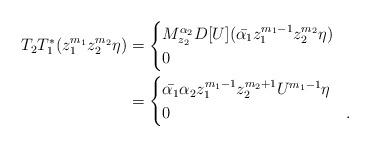
LaTeX: \begin{align*}T_2T_1^*(z_1^{m_1} z_2^{m_2}\eta)&= \begin{cases} M_{z_2}^{\alpha_2} D[U] (\bar{\alpha_1}z_1^{m_1-1} z_2^{m_2}\eta) & \\ 0 & \end{cases} \\&=\begin{cases}\bar{\alpha_1} \alpha_2 z_1^{m_1-1} z_2^{m_2+1} U^{m_1-1}\eta & \\0 & .\end{cases}\end{align*}